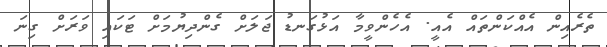
ތެރެއިން އެއްކަންތައް އެއީ. އެހެންވީމާ އަޅުގަނޑު ޖަލަށް ގެންދިޔުމަށް ޓަކައި ވަރަށް ގިނަ